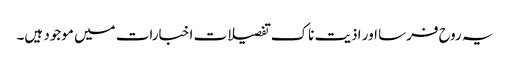
یہ روح فرسا اور اذیت ناک تفصیلات اخبارات میں موجود ہیں۔